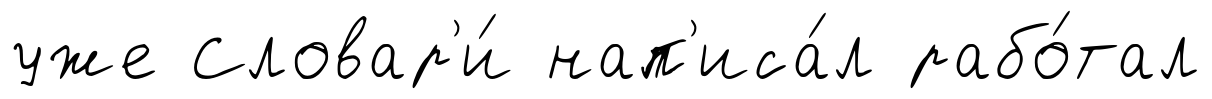
уже Словар'и́ нап'иса́л рабо́тал